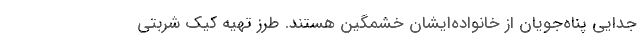
جدایی پناه‌جویان از خانواده‌ایشان خشمگین هستند. طرز تهیه کیک شربتی